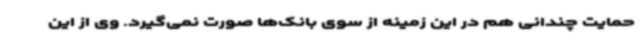
حمایت چندانی هم در این زمینه از سوی بانک‌ها صورت نمی‌گیرد. وی از این